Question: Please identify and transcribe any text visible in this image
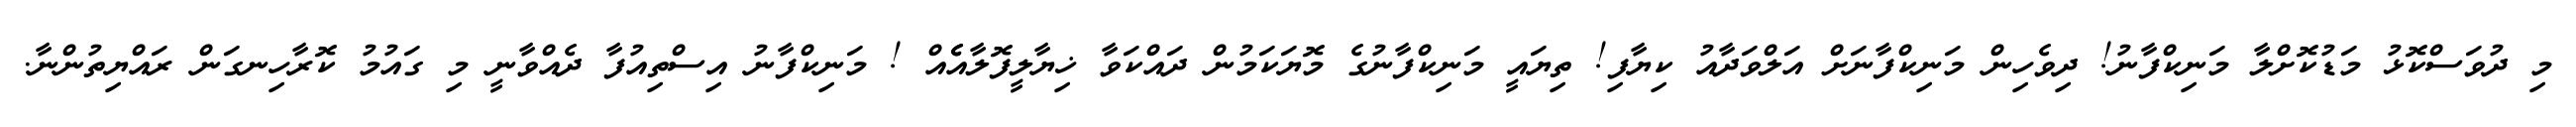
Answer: މި ދުވަސްކޮޅު މަޑުކޮށްލާ މަނިކްފާނު! ދިވެހިން މަނިކްފާނަށް އަލްވަދާއު ކިޔާފި! ތިޔައީ މަނިކްފާނުގެ މޮޔަކަމުން ދައްކަވާ ޚިޔާލީފޮލާއެެއް ! މަނިކްފާނު އިސްތިއުފާ ދެއްވާނީ މި ގައުމު ކޮރާހިނގަން ރައްޔިތުންނާ.